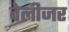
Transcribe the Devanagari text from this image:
वेलीजर